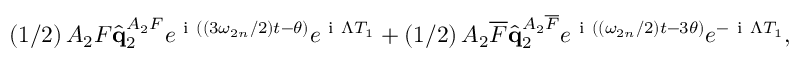
\left( 1 / 2 \right) A _ { 2 } F \hat { \mathbf { q } } _ { 2 } ^ { A _ { 2 } F } e ^ { \mathrm { ~ i ~ } \left( \left( 3 \omega _ { 2 n } / 2 \right) t - \theta \right) } e ^ { \mathrm { ~ i ~ } \Lambda T _ { 1 } } + \left( 1 / 2 \right) A _ { 2 } \overline { { F } } \hat { \mathbf { q } } _ { 2 } ^ { A _ { 2 } \overline { { F } } } e ^ { \mathrm { ~ i ~ } \left( \left( \omega _ { 2 n } / 2 \right) t - 3 \theta \right) } e ^ { - \mathrm { ~ i ~ } \Lambda T _ { 1 } } ,